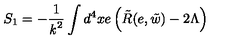
S _ { 1 } = - \frac { 1 } { { \it k } ^ { 2 } } \int d ^ { 4 } x e \left( \tilde { R } ( e , \tilde { w } ) - 2 \Lambda \right)